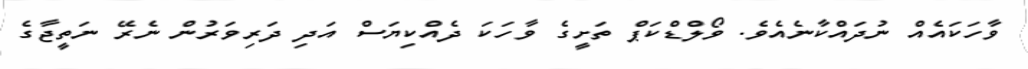
ވާހަކައެއް ނުދައްކާނެއެވެ. ވޯލްޑްކަޕް ތަށީގެ ވާހަކަ ދެއްކިޔަސް އަދި ދަރިވަރުން ނެރޭ ނަތީޖާގެ